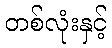
တစ်လုံးနှင့်